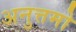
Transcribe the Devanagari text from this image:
अनुत्तमो